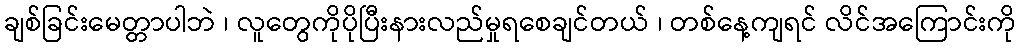
ချစ်ခြင်းမေတ္တာပါဘဲ ၊ လူတွေကိုပိုပြီးနားလည်မှုရစေချင်တယ် ၊ တစ်နေ့ကျရင် လိင်အကြောင်းကို